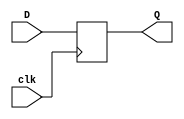
module TSR (clk,D,Q);//A,B and MDR and ALU can use this
    parameter data_width=32;
    input clk;
    input[data_width-1:0] D;
    output reg[data_width-1:0] Q;

    always @(posedge clk) begin
        Q=D;
    end
endmodule